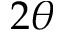
2 \theta